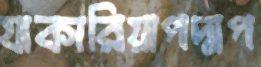
যাকারিয়াপদ্মপ